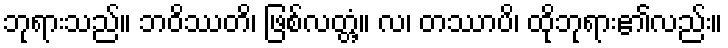
ဘုရားသည်။ ဘဝိဿတိ၊ ဖြစ်လတ္တံ့။ လ၊ တဿာပိ၊ ထိုဘုရား၏လည်း။